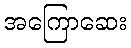
အကြောဆေး